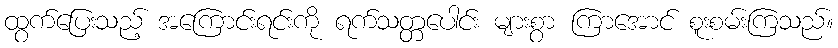
ထွက်ပြေးသည့် အကြောင်းရင်းကို ရက်သတ္တပေါင်း များစွာ ကြာအောင် စူးစမ်းကြသည်။